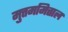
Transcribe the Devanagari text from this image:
मुत्तममित्ताल